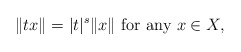
\begin{align*}\| tx\| = |t|^s \| x\| \hbox{ for any } x \in X,\end{align*}